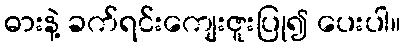
ဓားနဲ့ ခက်ရင်းကျေးဇူးပြု၍ ပေးပါ။